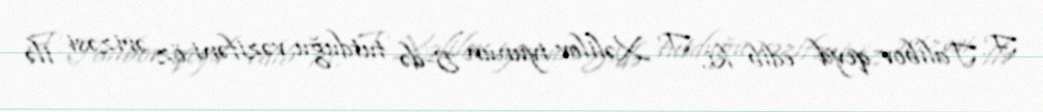
F. Talıbov qeyd edib ki, T. Xəlilov iyunun 5-də tutduğu vəzifəni öz ərizəsi ilə